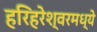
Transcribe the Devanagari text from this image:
हरिहरेश्वरमध्ये